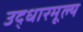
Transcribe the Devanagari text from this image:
उद्धारमूल्य